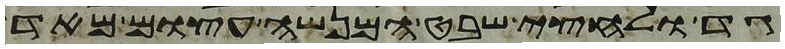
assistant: גד ולחצי שבט המנשה עצום מאד